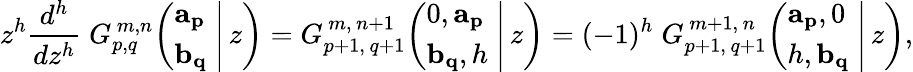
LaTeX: z^{h}{\frac{d^{h}}{dz^{h}}}\; G_{p,q}^{\, m,n}\! \left(\left.{\begin{array}{l}{\mathbf{a_{p}}}\\ {\mathbf{b_{q}}}\end{array}}\; \right|\, z\right)=G_{p+1,\, q+1}^{\, m,\, n+1}\! \left(\left.{\begin{array}{l}{0,\mathbf{a_{p}}}\\ {\mathbf{b_{q}},h}\end{array}}\; \right|\, z\right)=(-1)^{h}\; G_{p+1,\, q+1}^{\, m+1,\, n}\! \left(\left.{\begin{array}{l}{\mathbf{a_{p}},0}\\ {h,\mathbf{b_{q}}}\end{array}}\; \right|\, z\right),